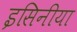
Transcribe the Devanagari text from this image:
इसिनीया